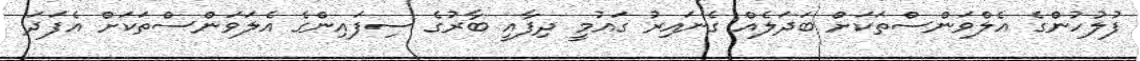
ފުލުހުންގެ އެލްވަންސްތަކަށް ބަދަލެއް ގެނައިރު ގައުމީ ދިފާއީ ބާރުގެ ސިފައިންގެ އެލަވަންސްތަކަށް އެފަދަ